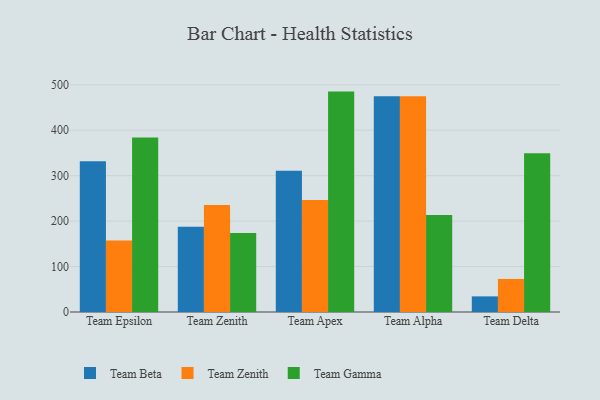
{"axis": {"x": "Team", "y": "Headcount"}, "legend": ["Team Beta", "Team Gamma", "Team Zenith"], "data": [{"x": "Team Epsilon", "y": 331.7, "type": "Team Beta"}, {"x": "Team Epsilon", "y": 157.1, "type": "Team Zenith"}, {"x": "Team Epsilon", "y": 384.2, "type": "Team Gamma"}, {"x": "Team Zenith", "y": 187.8, "type": "Team Beta"}, {"x": "Team Zenith", "y": 235.4, "type": "Team Zenith"}, {"x": "Team Zenith", "y": 173.6, "type": "Team Gamma"}, {"x": "Team Apex", "y": 311.0, "type": "Team Beta"}, {"x": "Team Apex", "y": 246.3, "type": "Team Zenith"}, {"x": "Team Apex", "y": 485.0, "type": "Team Gamma"}, {"x": "Team Alpha", "y": 474.8, "type": "Team Beta"}, {"x": "Team Alpha", "y": 474.9, "type": "Team Zenith"}, {"x": "Team Alpha", "y": 213.6, "type": "Team Gamma"}, {"x": "Team Delta", "y": 34.4, "type": "Team Beta"}, {"x": "Team Delta", "y": 72.7, "type": "Team Zenith"}, {"x": "Team Delta", "y": 349.5, "type": "Team Gamma"}]}